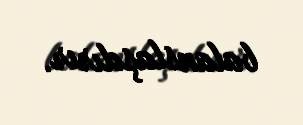
balanslaşdırır.